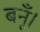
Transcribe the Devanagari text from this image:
बनूँ।